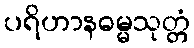
ပရိဟာနဓမ္မသုတ္တံ